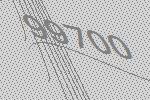
99700